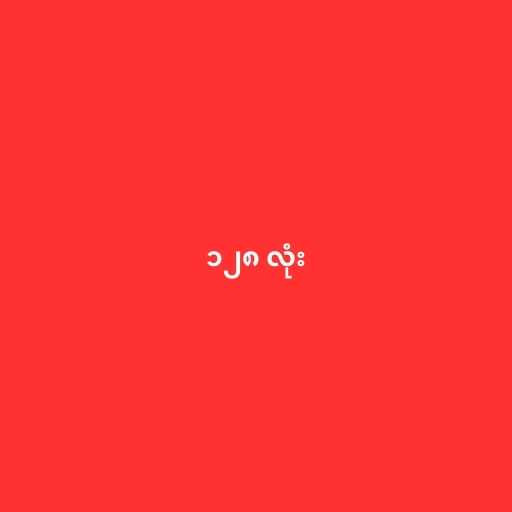
၁၂၈ လုံး